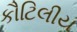
કૌટિલીય